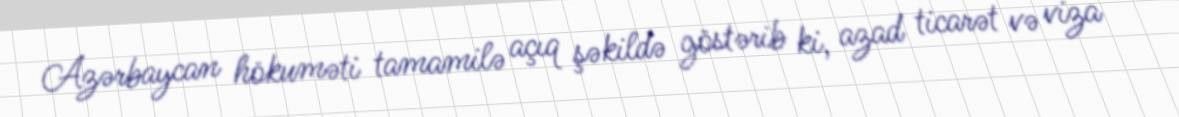
Azərbaycan hökuməti tamamilə açıq şəkildə göstərib ki, azad ticarət və viza